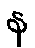
န